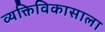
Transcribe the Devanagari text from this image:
व्यक्तिविकासाला